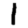
Digit: 1